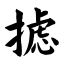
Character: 摅